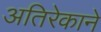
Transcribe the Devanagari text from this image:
अतिरेकाने